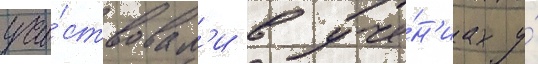
уча́ствовал'и в уче́н'иах у́